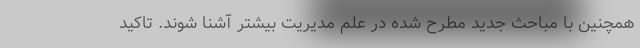
همچنین با مباحث جدید مطرح شده در علم مدیریت بیشتر آشنا شوند. تاکید